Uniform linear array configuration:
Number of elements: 24
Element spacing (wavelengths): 1
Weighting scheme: blackman
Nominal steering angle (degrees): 15
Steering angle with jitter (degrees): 16.542
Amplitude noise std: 0.05
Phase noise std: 0.05

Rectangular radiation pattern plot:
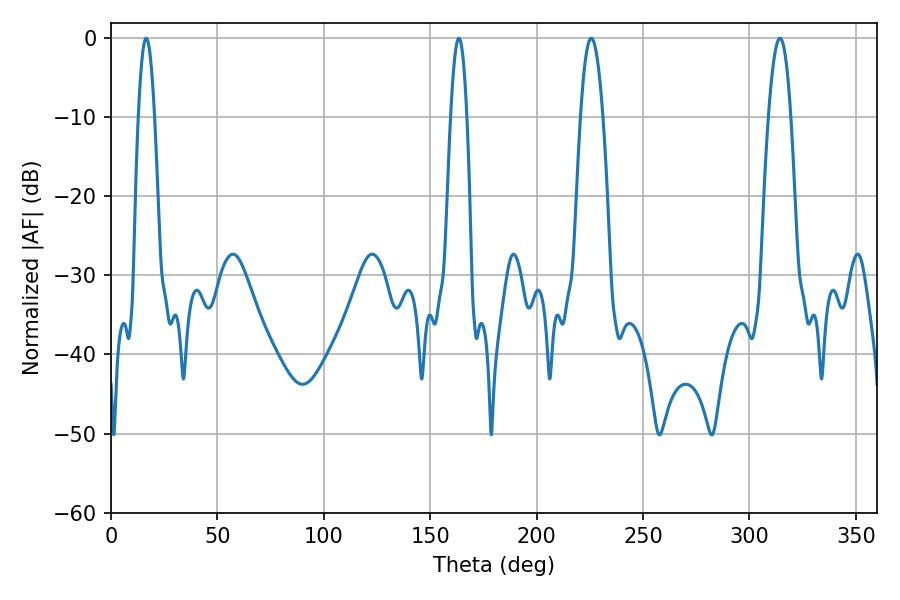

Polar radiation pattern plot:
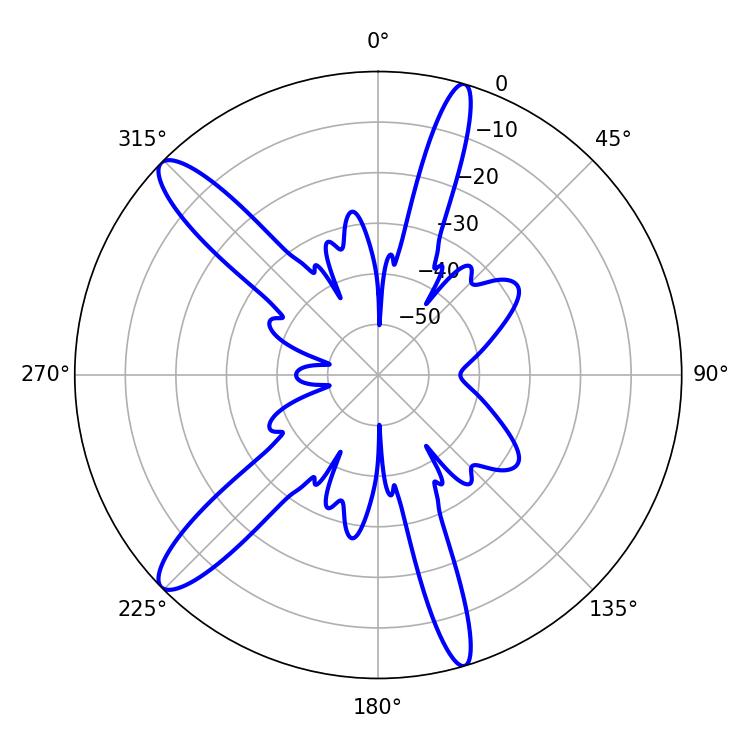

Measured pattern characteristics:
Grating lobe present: TRUE
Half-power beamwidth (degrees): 3.96
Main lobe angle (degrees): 16.56